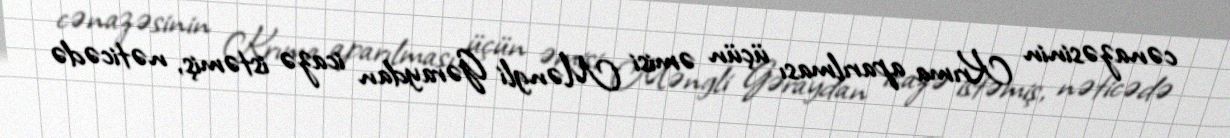
cənazəsinin Krıma aparılması üçün əmisi Məngli Gəraydan icazə istəmiş, nəticədə